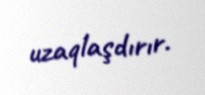
uzaqlaşdırır.